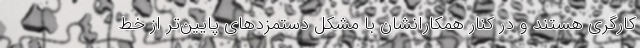
کارگری هستند و در کنار همکارانشان با مشکل دستمزدهای پایین‌تر از خط